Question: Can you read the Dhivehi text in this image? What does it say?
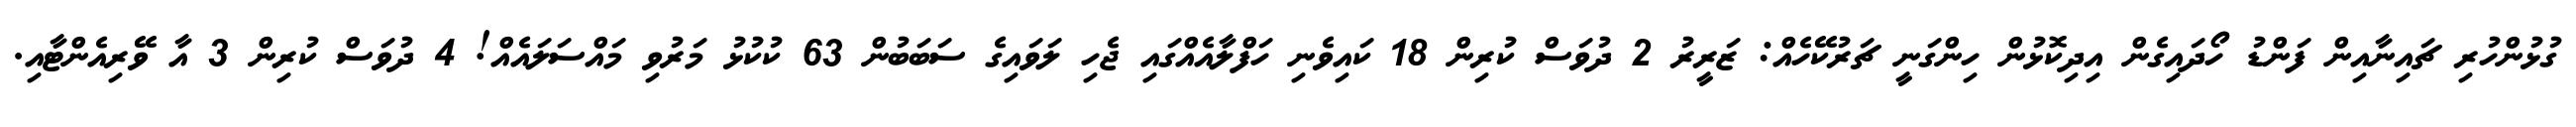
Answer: ގުޅުންހުރި ޗައިނާއިން ފަންޑު ހޯދައިގެން އިދިކޮޅުން ހިންގަނީ ޗަރުކޭހެއް: ޒަރީރު 2 ދުވަސް ކުރިން 18 ކައިވެނި ހަފްލާއެއްގައި ޖެހި ލަވައިގެ ސަބަބުން 63 ކުކުޅު މަރުވި މައްސަލައެއް! 4 ދުވަސް ކުރިން 3 އާ ވޭރިއެންޓާއި.